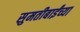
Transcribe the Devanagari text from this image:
सुमतीबाईंच्या